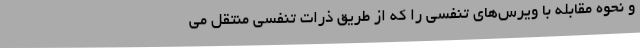
و نحوه مقابله با ویرس‌های تنفسی را که از طریق ذرات تنفسی منتقل می